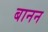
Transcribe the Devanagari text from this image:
बानन